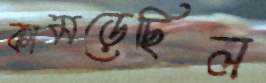
কামড়েছিল